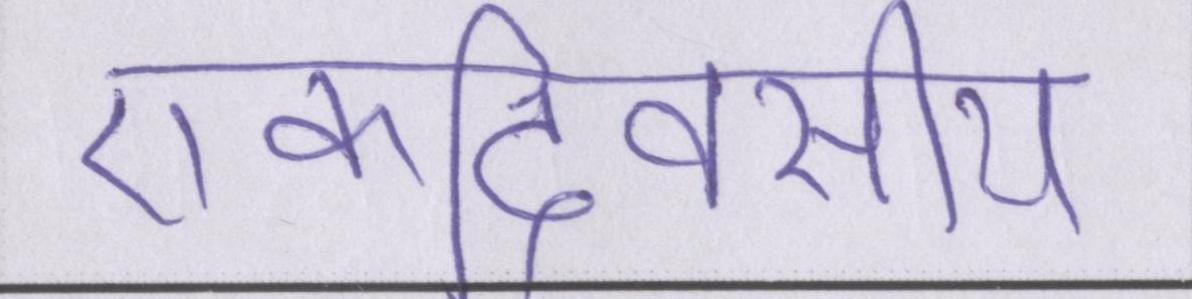
एकदिवसीय